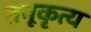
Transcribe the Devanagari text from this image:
तनूकृत्य